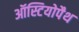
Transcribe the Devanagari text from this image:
ऑस्टियोपैथ